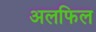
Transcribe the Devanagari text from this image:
अलफिल